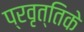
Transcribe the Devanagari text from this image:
प्रवृत्तिके